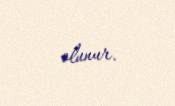
olunur.